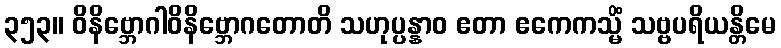
၃၅၃။ ဝိနိဗ္ဘောဂါဝိနိဗ္ဘောဂတောတိ သဟုပ္ပန္နာဝ ဧတာ ဧကေကသ္မိံ သဗ္ဗပရိယန္တိမေ